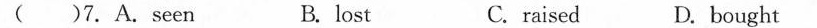
( )7.A.seen B.lost C.raised D.bought